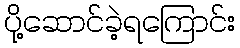
ပို့ဆောင်ခဲ့ရကြောင်း